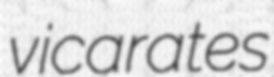
vicarates